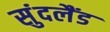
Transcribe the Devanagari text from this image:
सुंदलैंड